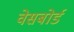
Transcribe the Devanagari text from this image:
वेसबोर्ड